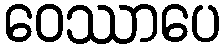
ဝေဿာပေ